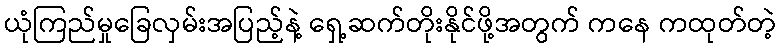
ယုံကြည်မှုခြေလှမ်းအပြည့်နဲ့ ရှေ့ဆက်တိုးနိုင်ဖို့အတွက် ကနေ ကထုတ်တဲ့